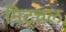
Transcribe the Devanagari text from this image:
मिट्चल